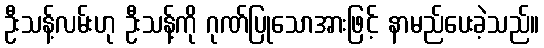
ဦးသန့်လမ်းဟု ဦးသန့်ကို ဂုဏ်ပြုသောအားဖြင့် နာမည်ပေးခဲ့သည်။